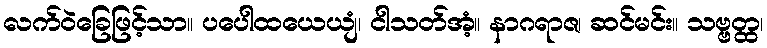
လက်ဝဲခြေဖြင့်သာ။ ပပေါထယေယျံ၊ ငါသတ်အံ့။ နာဂရာဇ၊ ဆင်မင်း။ သဗ္ဗတ္ထ၊